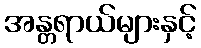
အန္တရာယ်များနှင့်